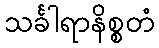
သင်္ခါရာနိစ္စတံ